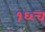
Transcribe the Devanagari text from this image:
१६च